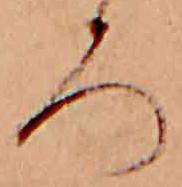
ろ